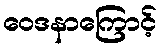
ဝေဒနာကြောင့်